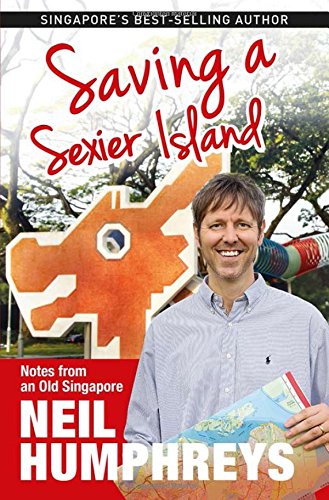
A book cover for Saving a Sexier Island: Notes from Old Singapore; Neil Humphreys; Travel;